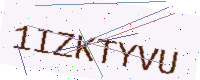
Text: 1IZKTYVU